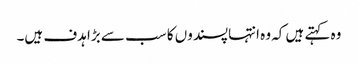
وہ کہتے ہیں کہ وہ انتہاپسندوں کا سب سے بڑا ہدف ہیں۔